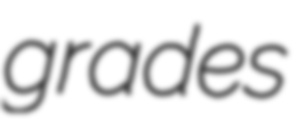
grades